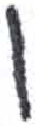
אות: ו